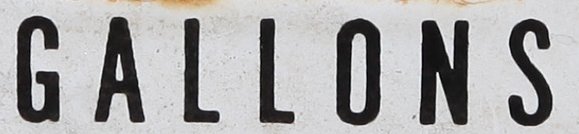
GALLONS